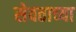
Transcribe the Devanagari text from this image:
सेवताच्या